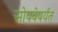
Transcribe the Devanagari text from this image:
सोपवेपर्यंत